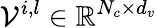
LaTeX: \mathcal{V}^{i,l}\in\mathbb{R}^{N_{c}\times d_{v}}